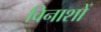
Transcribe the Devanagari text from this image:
विनाशों